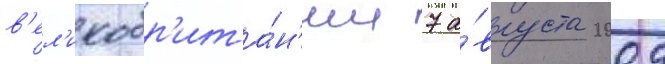
в'ел'икобр'ита́н'ии 7 а́вгуста 2009